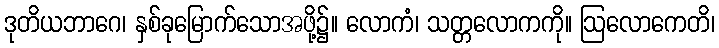
ဒုတိယဘာဂေ၊ နှစ်ခုမြောက်သောအဖို့၌။ လောကံ၊ သတ္တလောကကို။ ဩလောကေတိ၊